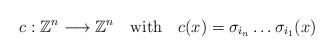
LaTeX: \begin{align*}c: \mathbb{Z}^n \longrightarrow \mathbb{Z}^n \mbox{\,\,\,\, with \,\,\,\,} c(x) = \sigma_{i_n} \ldots \sigma_{i_1}(x)\end{align*}